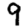
Digit: 9